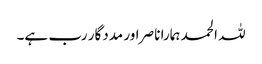
للہ الحمد ہمارا ناصر اور مددگار رب ہے۔